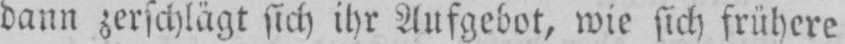
dann zerschlägt sich ihr Aufgebot, wie sich frühere